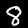
Digit: 8